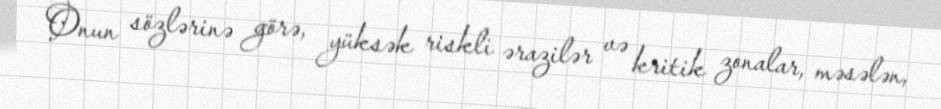
Onun sözlərinə görə, yüksək riskli ərazilər və kritik zonalar, məsələn,